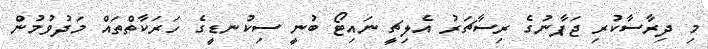
މި ދިރާސާކުރި ޖަޕާނުގެ ރިސާޗަރު އެލިޗީ ނައިޓޯ ބުނީ ސިކުނޑީގެ ހަރަކާތްތައް މަދުވުމުން